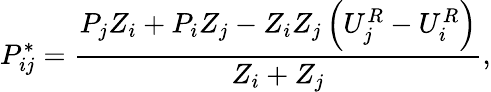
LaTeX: P_{ij}^{*}=\frac{P_{j}Z_{i}+P_{i}Z_{j}-Z_{i}Z_{j}\left(U_{j}^{R}-U_{i}^{R}\right)}{Z_{i}+Z_{j}},